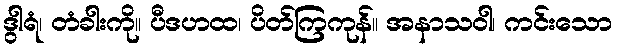
ဒွါရံ၊ တံခါးကို။ ပီဒဟထ၊ ပိတ်ကြကုန်။ အနာသဝါ၊ ကင်းသော